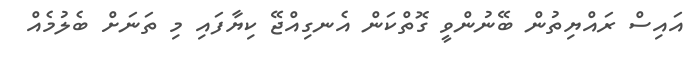
އައިސް ރައްޔިތުން ބޭނުންވީ ގޮތްކަން އެނގިއްޖޭ ކިޔާފައި މި ތަނަށް ބެލުމެއް